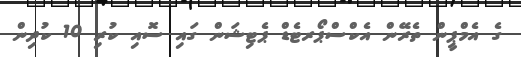
ގެ އެމްޕީން ތެރޭން އެކްސްޕޯރޓެޑް ޕެޓިޝަން ގައި ސޮއި ކުރި 10 ކުދިން